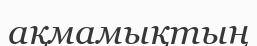
ақмамықтың